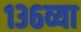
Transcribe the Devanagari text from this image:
१३६व्या